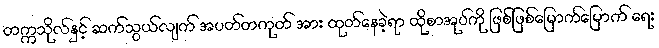
တက္ကသိုလ်နှင့် ဆက်သွယ်လျက် အပတ်တကုတ် အား ထုတ်နေခဲ့ရာ ထိုစာအုပ်ကို ဖြစ်ဖြစ်မြောက်မြောက် ရေး